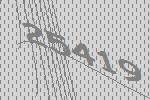
25419